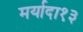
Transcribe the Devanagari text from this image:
मर्यादा१३